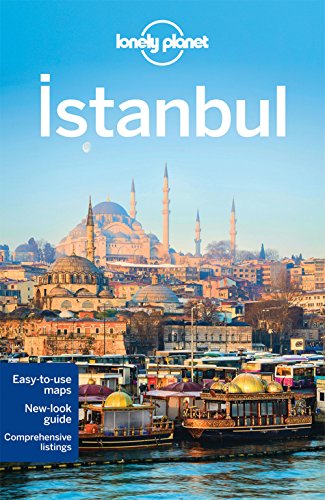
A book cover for Lonely Planet Istanbul (Travel Guide); Lonely Planet; Travel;